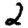
Digit: 2